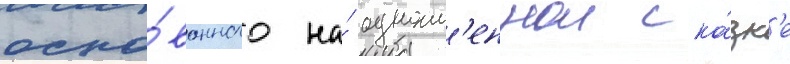
осно́ванного на́ одноим'еннои ска́зк'е